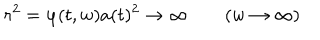
LaTeX: r ^ { 2 } = \varphi ( t , w ) a ( t ) ^ { 2 } \to \infty \qquad ( w \to \infty )